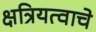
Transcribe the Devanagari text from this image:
क्षत्रियत्वाचे